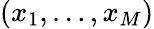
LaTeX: (x_{1},\ldots,x_{M})